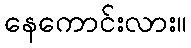
နေကောင်းလား။